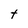
Character: t